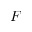
F